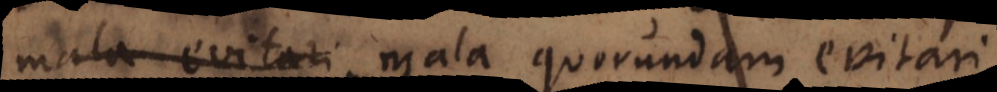
et quia mala quorundam evitari